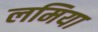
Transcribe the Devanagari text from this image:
लमिया